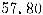
57.80